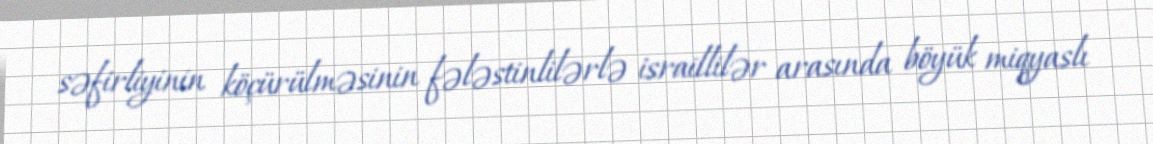
səfirliyinin köçürülməsinin fələstinlilərlə israillilər arasında böyük miqyaslı